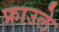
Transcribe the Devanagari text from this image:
फ्राउले